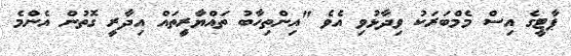
ޕާޓީގެ އިސް މެމްބަރަކު ވިދާޅުވި އެވެ "އިންތިހާބު ތައްޔާރީތައް އިދާރީ ގޮތުން އެންމެ